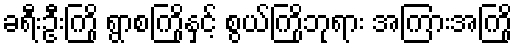
ခရီးဦးကြို ရွာစကြိုနှင့် စွယ်ကြိုဘုရား အကြားအကြို